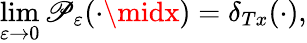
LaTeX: \operatorname*{lim}_{\varepsilon\rightarrow0}\mathscr{P}_{\varepsilon}(\cdot\midx)=\delta_{Tx}(\cdot),